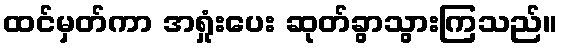
ထင်မှတ်ကာ အရှုံးပေး ဆုတ်ခွာသွားကြသည်။